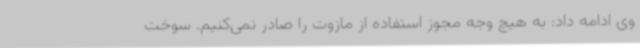
وی ادامه داد: به هیچ وجه مجوز استفاده از مازوت را صادر نمی‌کنیم. سوخت